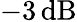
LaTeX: -3\, \mathrm{dB}